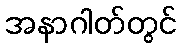
အနာဂါတ်တွင်